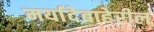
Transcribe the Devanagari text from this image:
मर्यादेबाहेरील